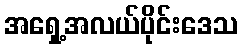
အရှေ့အလယ်ပိုင်းဒေသ